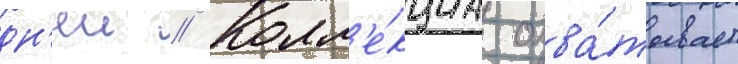
дн'еи // Колл'е́кциа охва́тывает